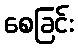
စေခြင်း